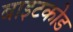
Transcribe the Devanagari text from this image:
बाइटकोड